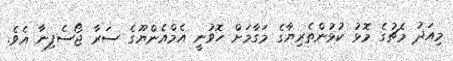
މިއަދު މެޗުގެ މޮޅު ކުޅުންތެރިޔާގެ މަގާމަށް ހޮވުނީ އެމްއެންޔޫގެ ސަރާ ޖޯސެފިނާ އެވެ.